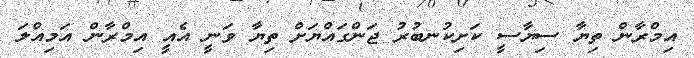
އިމްރާން ތިޔާ ސިޔާސީ ކަށިކުނބުުރު ޖަންގައްޔަށް ތިޔާ ވަނީ އެއީ އިމްރާން އަމިއްލަ